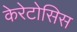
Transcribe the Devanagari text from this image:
केरेटोसिस